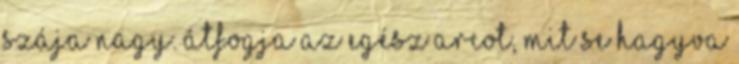
szája nagy. Átfogja az egész arcot, mit se hagyva